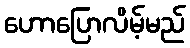
ဟောပြောလိမ့်မည်